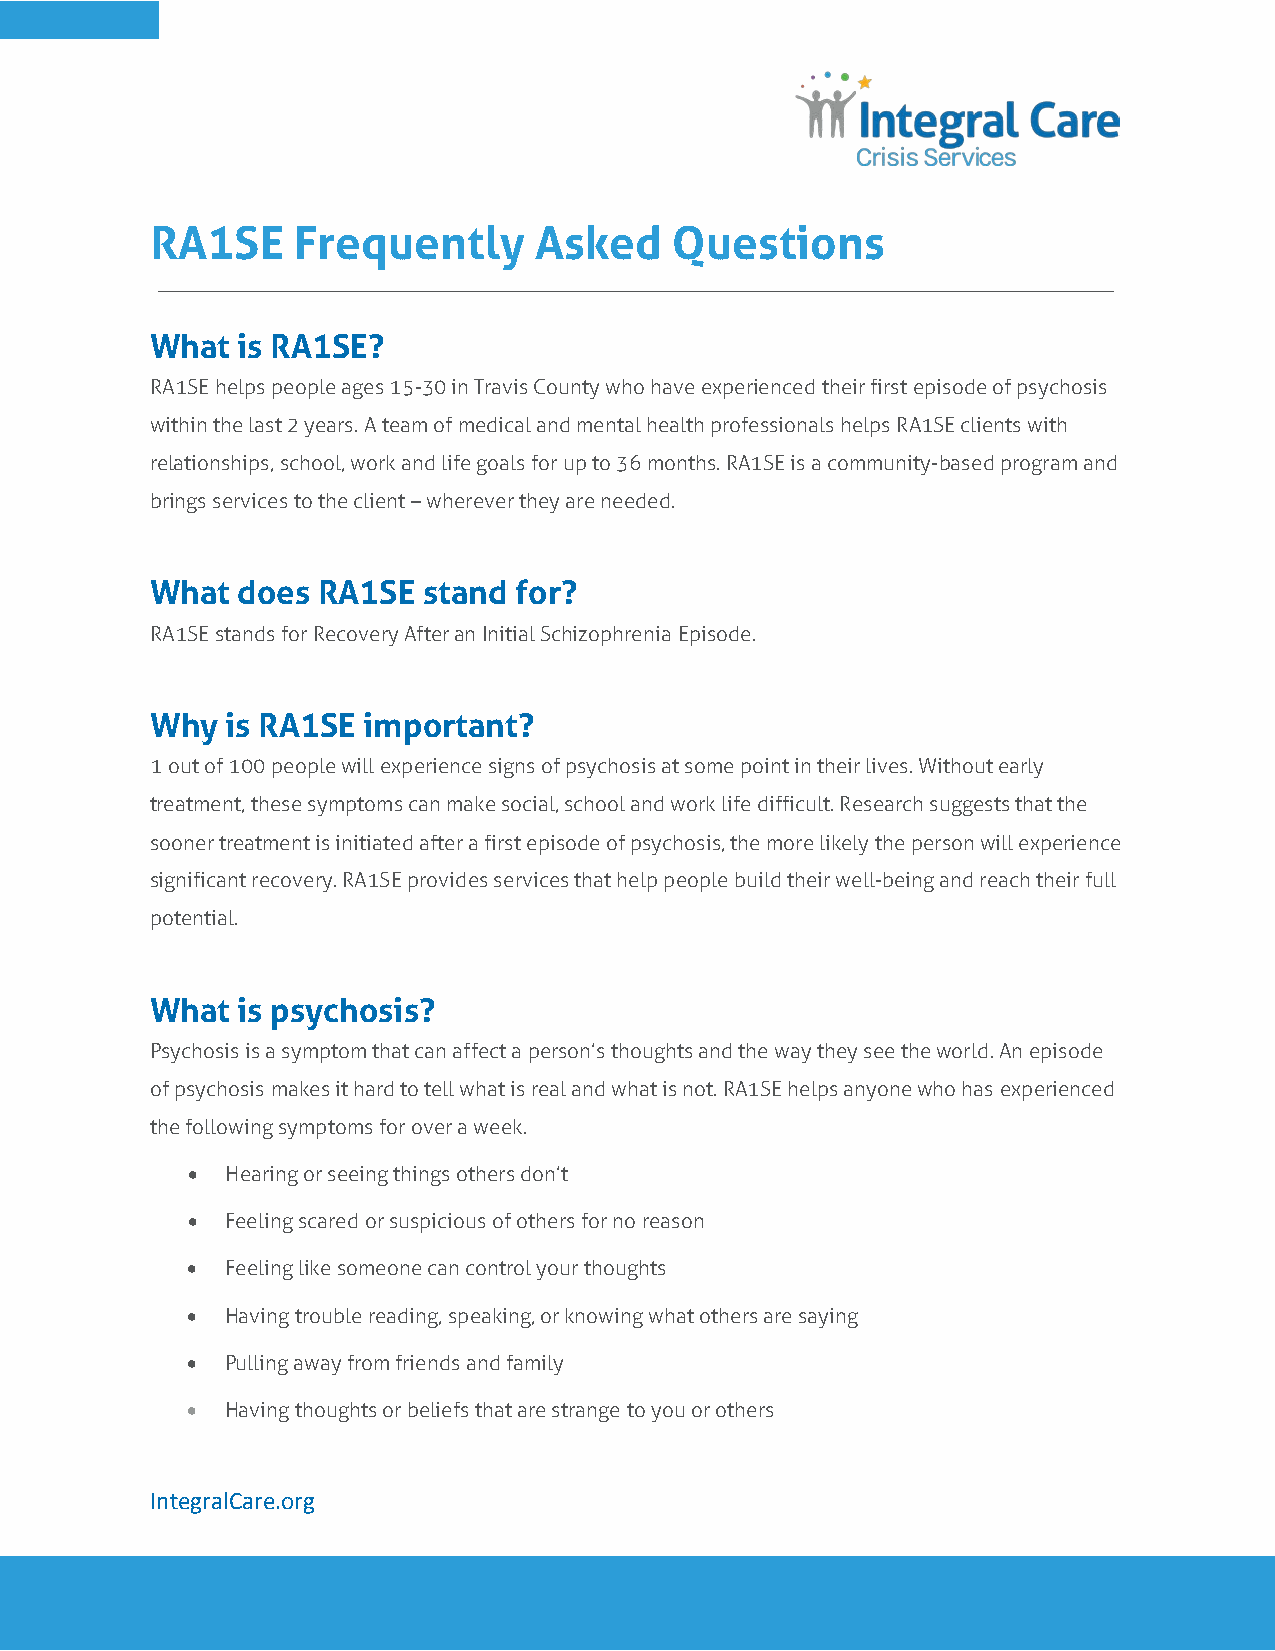
RA1SE    Frequently      Asked     Questions
 What  is RA1SE?
 RA1SE helps people ages 15-30 in Travis County who have experienced their first episode of psychosis
 within the last 2 years. A team of medical and mental health professionals helps RA1SE clients with
 relationships, school, work and life goals for up to 36 months. RA1SE is a community-based program and
 brings services to the client – wherever they are needed.
 What  does RA1SE  stand for?
 RA1SE stands for Recovery After an Initial Schizophrenia Episode.
 Why  is RA1SE important?
 1 out of 100 people will experience signs of psychosis at some point in their lives. Without early
 treatment, these symptoms can make social, school and work life difficult. Research suggests that the
 sooner treatment is initiated after a first episode of psychosis, the more likely the person will experience
 significant recovery. RA1SE provides services that help people build their well-being and reach their full
 potential.
 What  is psychosis?
 Psychosis is a symptom that can affect a person’s thoughts and the way they see the world. An episode
 of psychosis makes it hard to tell what is real and what is not. RA1SE helps anyone who has experienced
 the following symptoms for over a week.
 •  Hearing or seeing things others don’t
 •  Feeling scared or suspicious of others for no reason
 •  Feeling like someone can control your thoughts
 •  Having trouble reading, speaking, or knowing what others are saying
 •  Pulling away from friends and family
 •  Having thoughts or beliefs that are strange to you or others
 IntegralCare.org